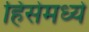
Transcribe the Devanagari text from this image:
हिंसेमध्ये